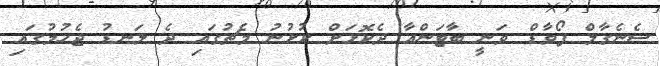
ސެނެގާލް ފޯވާޑް ވަނީ ބާޓަންއާ ދެކޮޅަށް ކުޅުނު މެޗުގައި ދެ ލަނޑު ޖެހުމުގައި